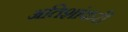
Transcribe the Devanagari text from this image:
अतिशांकरी